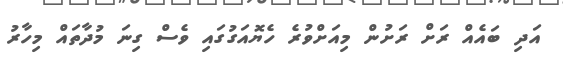
އަދި ބައެއް ރަށް ރަށުން މިއަށްވުރެ ހެޔޮއަގުގައި ވެސް ގިނަ މުދާތައް މިހާރު